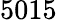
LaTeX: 5015